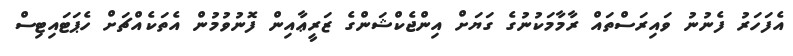
އެފަހަރު ފެނުނު ވައިރަސްތައް ރާމާމަކުނުގެ ގަޔަށް އިންޖެކްޝަންގެ ޒަރީޢާއިން ފޮނުވުމުން އެތަކެއްޗަށް ހެޕަޓައިޓިސް